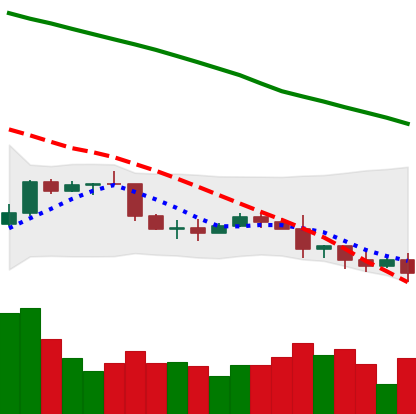
Ticker: NEO-USD
Chart end date: 2022-01-10
Forward return: 11.805%
Label: up_7plus